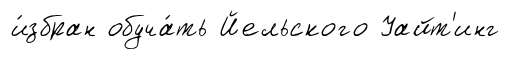
и́збран обуча́ть Йельского Уайт'инг